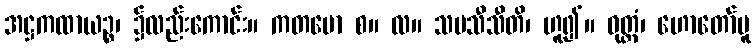
အဋ္ဌကထာယဉ္စ၊ ၌လည်းကောင်း။ ကတမော စ။ လ။ သမသီသီတိ၊ ဟူ၍။ ဝုတ္တံ၊ ဟောတော်မူ